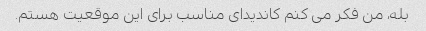
بله، من فکر می کنم کاندیدای مناسب برای این موقعیت هستم.